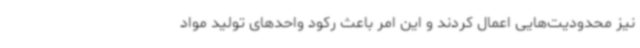
نیز محدودیت‌هایی اعمال کردند و این امر باعث رکود واحدهای تولید مواد